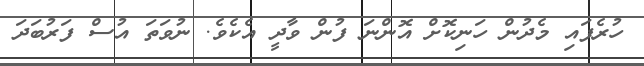
ހުރެފައި މެދުން ހަނިކޮށް އޮންނަ ފުން ވާދީ އެކެވެ. ނުވަތަ އުސް ފަރުބަދަ